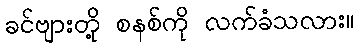
ခင်ဗျားတို့ စနစ်ကို လက်ခံသလား။